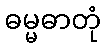
ဓမ္မဓာတုံ